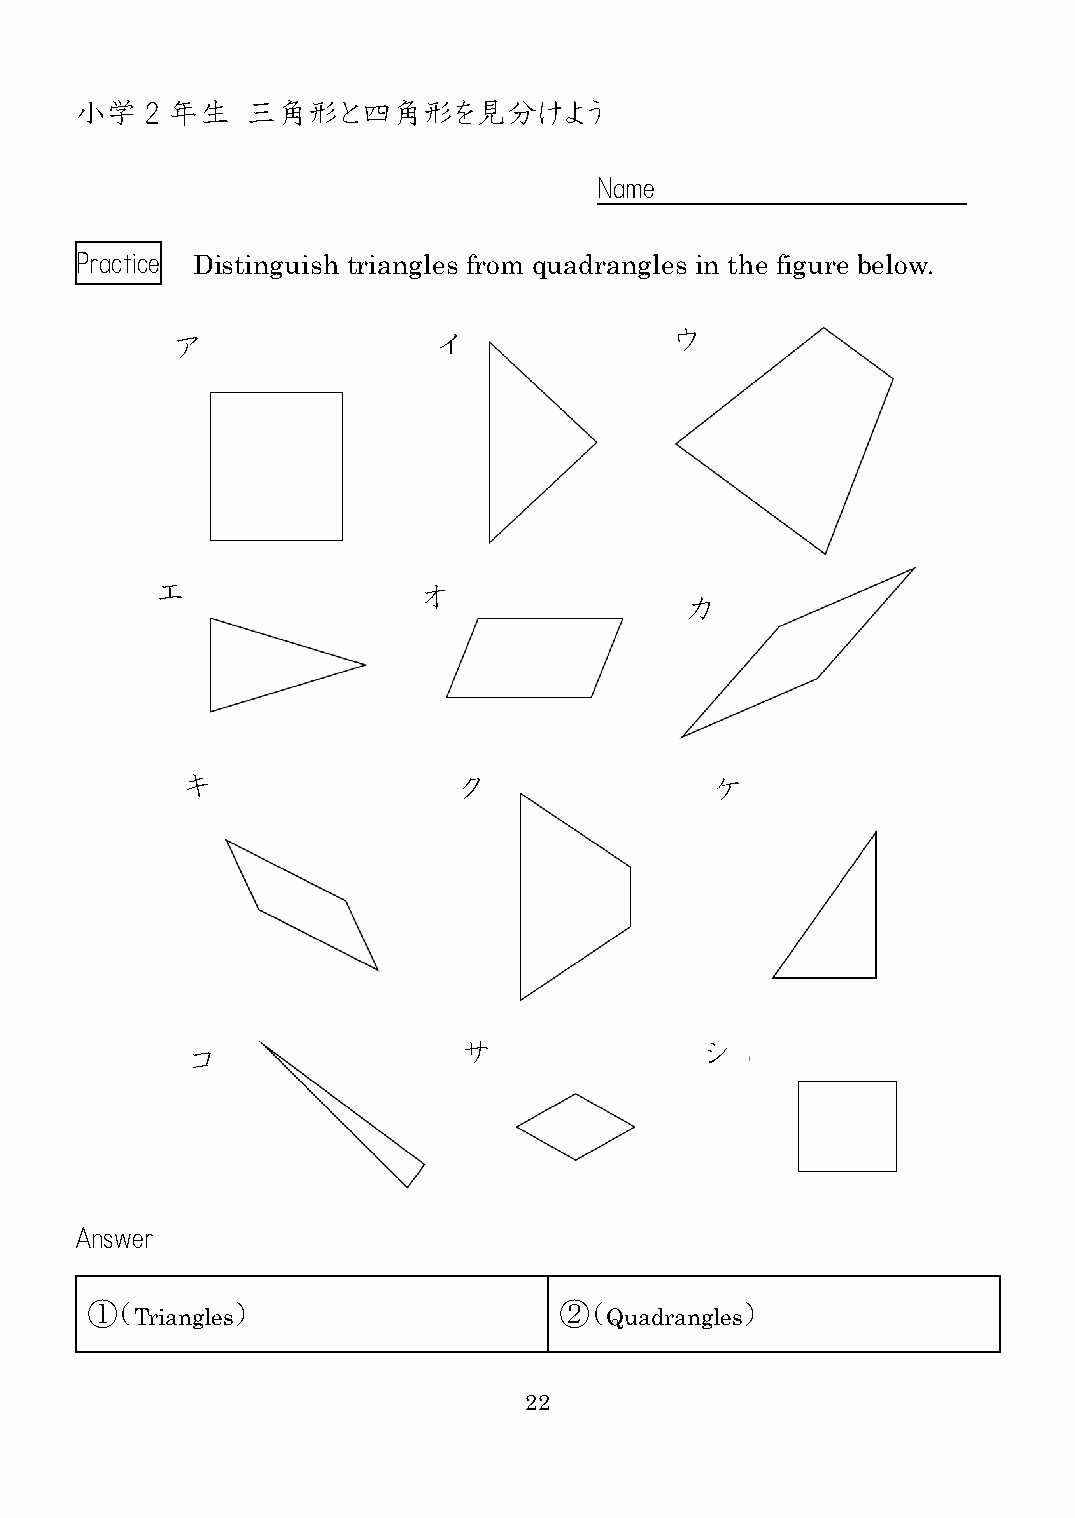
小学   2 年生  三角形と四角形を見分けよう
 Name
 Practice Distinguish triangles from quadrangles in the figure below.
 ウ
 ア                 イ
 エ                 オ               カ
 カ
 キ                 ク                ケ
 コ
 サ               シ
 Answer
 ①（       ）                     ②（          ）
 Triangles                      Quadrangles
 22